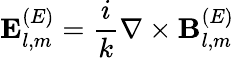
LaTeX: \mathbf{E}_{l,m}^{(E)}={\frac{i}{k}}\nabla\times\mathbf{B}_{l,m}^{(E)}